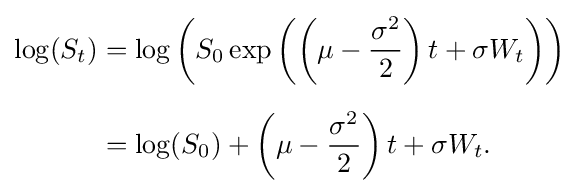
{\begin{alignedat}{2}\log(S_{t})&=\log \left(S_{0}\exp \left(\left(\mu -{\frac {\sigma ^{2}}{2}}\right)t+\sigma W_{t}\right)\right)\\[6pt]&=\log(S_{0})+\left(\mu -{\frac {\sigma ^{2}}{2}}\right)t+\sigma W_{t}.\end{alignedat}}